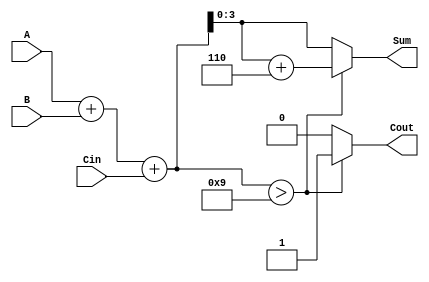
module BCD_Fast_Adder (
    input  wire [3:0] A,      // First BCD digit
    input  wire [3:0] B,      // Second BCD digit
    input  wire Cin,          // Carry input
    output reg  [3:0] Sum,    // Resulting BCD digit
    output reg  Cout          // Carry output
);

    // Internal signals
    wire [4:0] Temp_Sum;      // 5-bit temporary sum to accommodate overflow
    wire correction_needed;     // Flag to indicate if correction is needed

    // Step 1: Perform binary addition
    assign Temp_Sum = A + B + Cin;

    // Step 2: Determine if correction is needed (if Temp_Sum > 9)
    assign correction_needed = Temp_Sum > 5'd9;

    // Step 3: Calculate the BCD sum
    always @(*) begin
        if (correction_needed) begin
            // If correction is needed, add 6 (0110 in binary)
            Sum = Temp_Sum + 5'd6;
            Cout = 1'b1; // Set carry output
        end else begin
            // No correction needed, output the Temp_Sum
            Sum = Temp_Sum[3:0]; // Take only the lower 4 bits
            Cout = 1'b0; // No carry output
        end
    end

endmodule